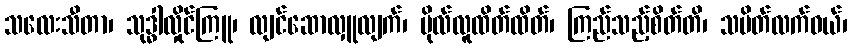
သလေးသီတာ၊ သုဒ္ဓါလှိုင်ကြူ၊ လျင်ဆောလှူလျက်၊ ဗိုလ်လူထိတ်ထိတ်၊ ကြည်သည့်စိတ်တိ၊ သပိတ်လက်ဝယ်၊